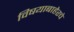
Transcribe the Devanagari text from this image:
विषयाबाहेरचे